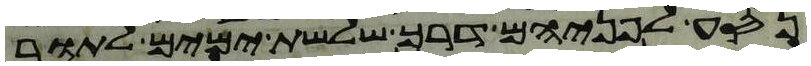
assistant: נסע לפניהם דרך שלשת ימים לתור